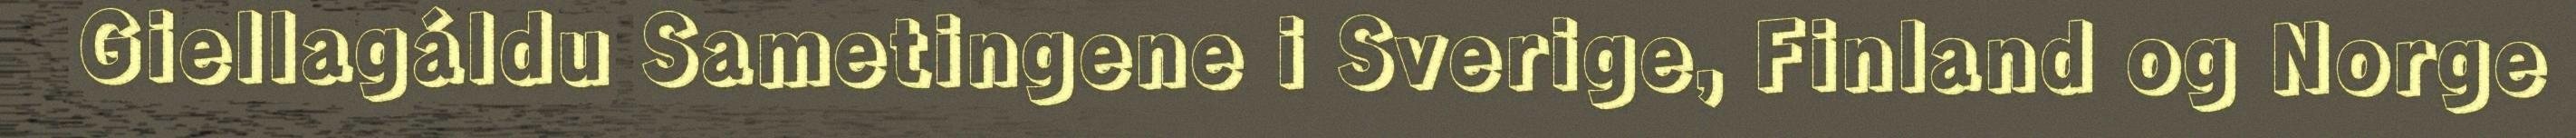
Giellagáldu Sametingene i Sverige, Finland og Norge